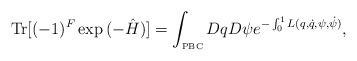
LaTeX: \begin{align*}\mbox {Tr} [(-1)^F \exp{(-\hat{H})}] = \int_{\mbox{\tiny{PBC}}} Dq D\psi e^{-\int_0^1 L( q,\dot{q},\psi,\dot{\psi} )},\end{align*}